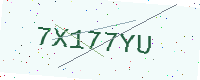
Text: 7X177YU